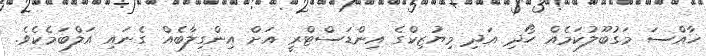
ޚާއްސަ މަގުބޫލުކަމެއް ހޯދި އަދި މިޔުޒިކްގެ އިންޑަސްޓްރީ އަށް އިންގިލާބެއް ގެނައި އަލްބަމެކެވެ.